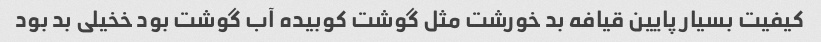
کیفیت بسیار پایین قیافه بد خورشت مثل گوشت کوبیده آب گوشت بود خخیلی بد بود